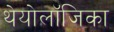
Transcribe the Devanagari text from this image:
थेयोलॉजिका